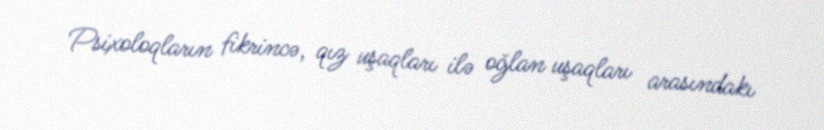
Psixoloqların fikrincə, qız uşaqları ilə oğlan uşaqları arasındakı